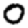
Digit: 0